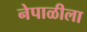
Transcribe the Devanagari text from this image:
नेपाळीला